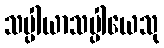
သပ္ပါယာသပ္ပါယေသု